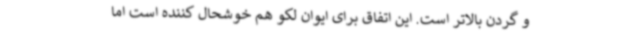
و گردن بالاتر است. این اتفاق برای ایوان لکو هم خوشحال کننده است اما